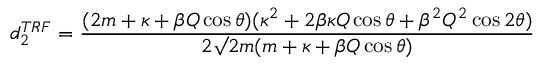
d _ { 2 } ^ { T R F } = \frac { ( 2 m + \kappa + \beta Q \cos \theta ) ( \kappa ^ { 2 } + 2 \beta \kappa Q \cos \theta + \beta ^ { 2 } Q ^ { 2 } \cos 2 \theta ) } { 2 \surd 2 m ( m + \kappa + \beta Q \cos \theta ) }